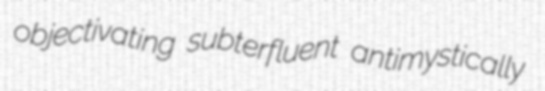
objectivating subterfluent antimystically